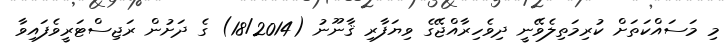
މި މަސައްކަތަށް ކުރިމަތިލެވޭނީ ދިވެހިރާއްޖޭގެ ވިޔަފާރި ޤާނޫނު (18/2014) ގެ ދަށުން ރަޖިސްޓަރީވެފައިވާ